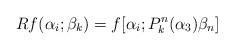
LaTeX: \begin{align*}Rf(\alpha_i;\beta_k)=f[\alpha_i;P_k^n(\alpha_3)\beta_n] \end{align*}